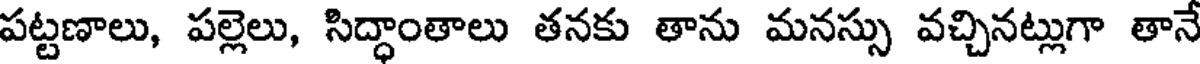
పట్టణాలు, పల్లెలు, సిద్ధాంతాలు తనకు తాను మనస్సు వచ్చినట్లుగా తానే